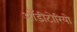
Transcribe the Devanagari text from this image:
ऑडीटोरियो